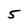
Character: 5